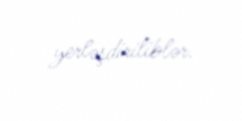
yerləşdiriliblər.